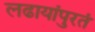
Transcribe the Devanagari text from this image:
लढायांपुरतं